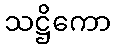
သဋ္ဌိကော